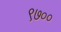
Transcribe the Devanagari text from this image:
९७००